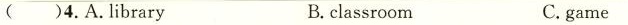
( )4.A.Library B.classroom C.game